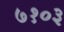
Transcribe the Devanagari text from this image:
७१०३